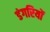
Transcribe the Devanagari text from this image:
डंगरियों